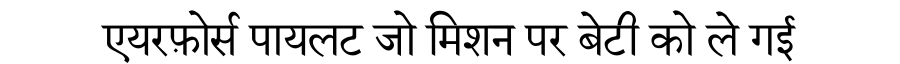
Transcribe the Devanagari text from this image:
एयरफ़ोर्स पायलट जो मिशन पर बेटी को ले गई